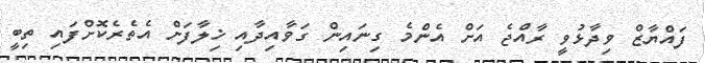
ފައްޔާޒް ވިދާޅުވީ ރާއްޖެ އަށް އެންމެ ގިނައިން ގަވާއިދާއި ޚިލާފަށް އެތެރެކޮށްފައި ތިބީ